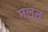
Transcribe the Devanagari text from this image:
मलत